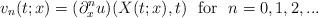
LaTeX: \begin{align*}v_n(t;x)=(\partial_x^nu)(X(t;x),t)~~{\rm for}~~n=0, 1, 2, ...\end{align*}